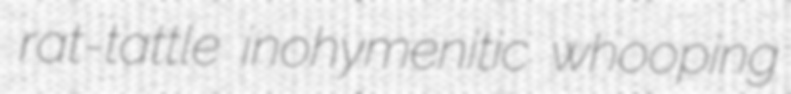
rat-tattle inohymenitic whooping